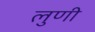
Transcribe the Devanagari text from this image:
लुणी